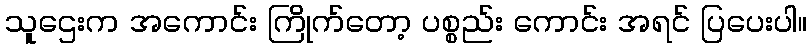
သူဌေးက အကောင်း ကြိုက်တော့ ပစ္စည်း ကောင်း အရင် ပြပေးပါ။